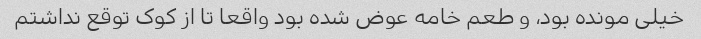
خیلی مونده بود، و طعم خامه عوض شده بود واقعا تا از کوک توقع نداشتم